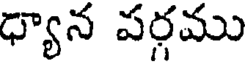
ధ్యాన పర్గము